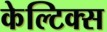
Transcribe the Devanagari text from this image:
केल्टिक्स